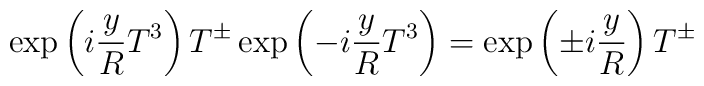
\exp \left( i \frac{y}{R} T^3 \right) T^\pm \exp \left(- i \frac{y}{R} T^3 \right) = \exp \left(\pm i \frac{y}{R} \right) T^\pm